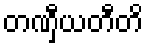
တဏှီယတီတိ